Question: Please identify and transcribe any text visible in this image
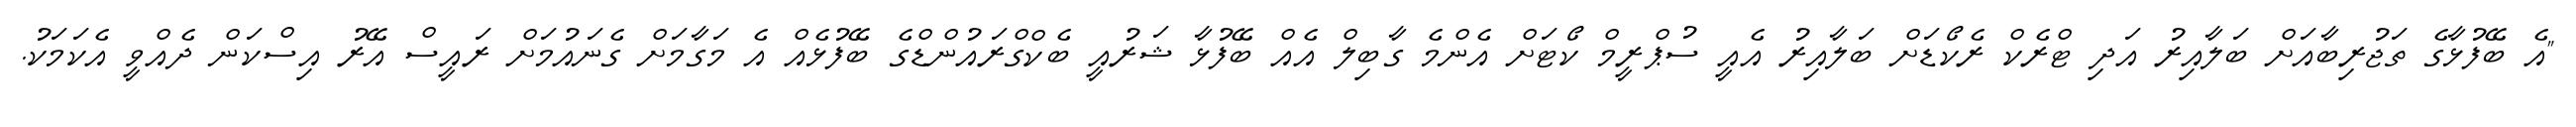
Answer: "އެ ބޭފުޅާގެ ތަޖުރިބާއަށް ބަލާއިރު އަދި ޓްރެކް ރެކޯޑަށް ބަލާއިރު އެއީ ސުޕްރީމް ކޯޓަށް އެންމެ ގާބިލް އެއް ބޭފުޅާ ޝަރުއީ ބެކްގްރައުންޑްގެ ބޭފުޅެއް އެ މަގާމަށް ގެނައުމަށް ރައީސް އޭރު އިސްކަން ދެއްވީ އެކަމަކު.